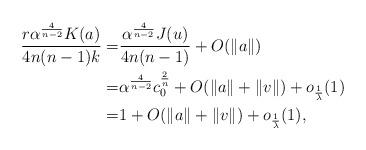
LaTeX: \begin{align*}\frac{r\alpha^{\frac{4}{n-2}}K(a)}{4n(n-1)k}= &\frac{\alpha^{\frac{4}{n-2}} J(u)}{4n(n-1)}+O(\Vert a \Vert) \\= &\alpha^{\frac{4}{n-2}}c^{\frac{2}{n}}_{0}+O(\Vert a \Vert +\Vert v \Vert)+o_{\frac{1}{\lambda}}(1) \\= &1+O(\Vert a \Vert +\Vert v \Vert)+o_{\frac{1}{\lambda}}(1),\end{align*}